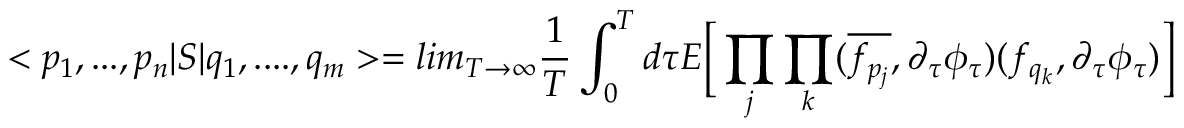
< p _ { 1 } , . . . , p _ { n } | S | q _ { 1 } , . . . . , q _ { m } > = l i m _ { T \rightarrow \infty } \frac { 1 } { T } \int _ { 0 } ^ { T } d \tau E \Big [ \prod _ { j } \prod _ { k } ( \overline { { { f _ { p _ { j } } } } } , \partial _ { \tau } \phi _ { \tau } ) ( f _ { q _ { k } } , \partial _ { \tau } \phi _ { \tau } ) \Big ]